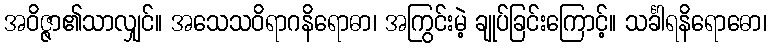
အဝိဇ္ဇာ၏သာလျှင်။ အသေသဝိရာဂနိရောဓာ၊ အကြွင်းမဲ့ ချုပ်ခြင်းကြောင့်။ သင်္ခါရနိရောဓော၊